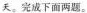
天。完成下面两题。